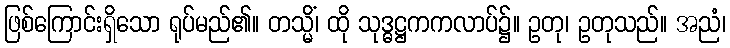
ဖြစ်ကြောင်းရှိသော ရုပ်မည်၏။ တသ္မိံ၊ ထို သုဒ္ဓဋ္ဌကကလာပ်၌။ ဥတု၊ ဥတုသည်။ အညံ၊